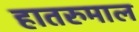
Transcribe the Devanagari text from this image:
हातरुमाल